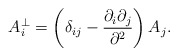
\begin{align*}A_i^\bot=\left(\delta_{ij}-\frac{\partial _i\partial _j}{\partial ^2}\right)A_j.\end{align*}